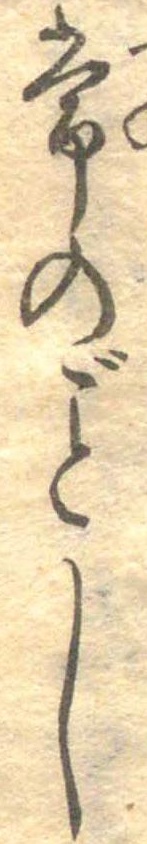
常のごとし